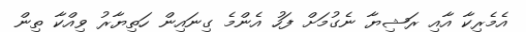
އެމެރިކާ އާއި ރަޝިޔާ ނެގުމަށް ފަހު އެންމެ ގިނައިން ހަތިޔާރު ވިއްކާ ތިން